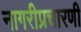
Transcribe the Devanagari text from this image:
नागरीप्रचारणी